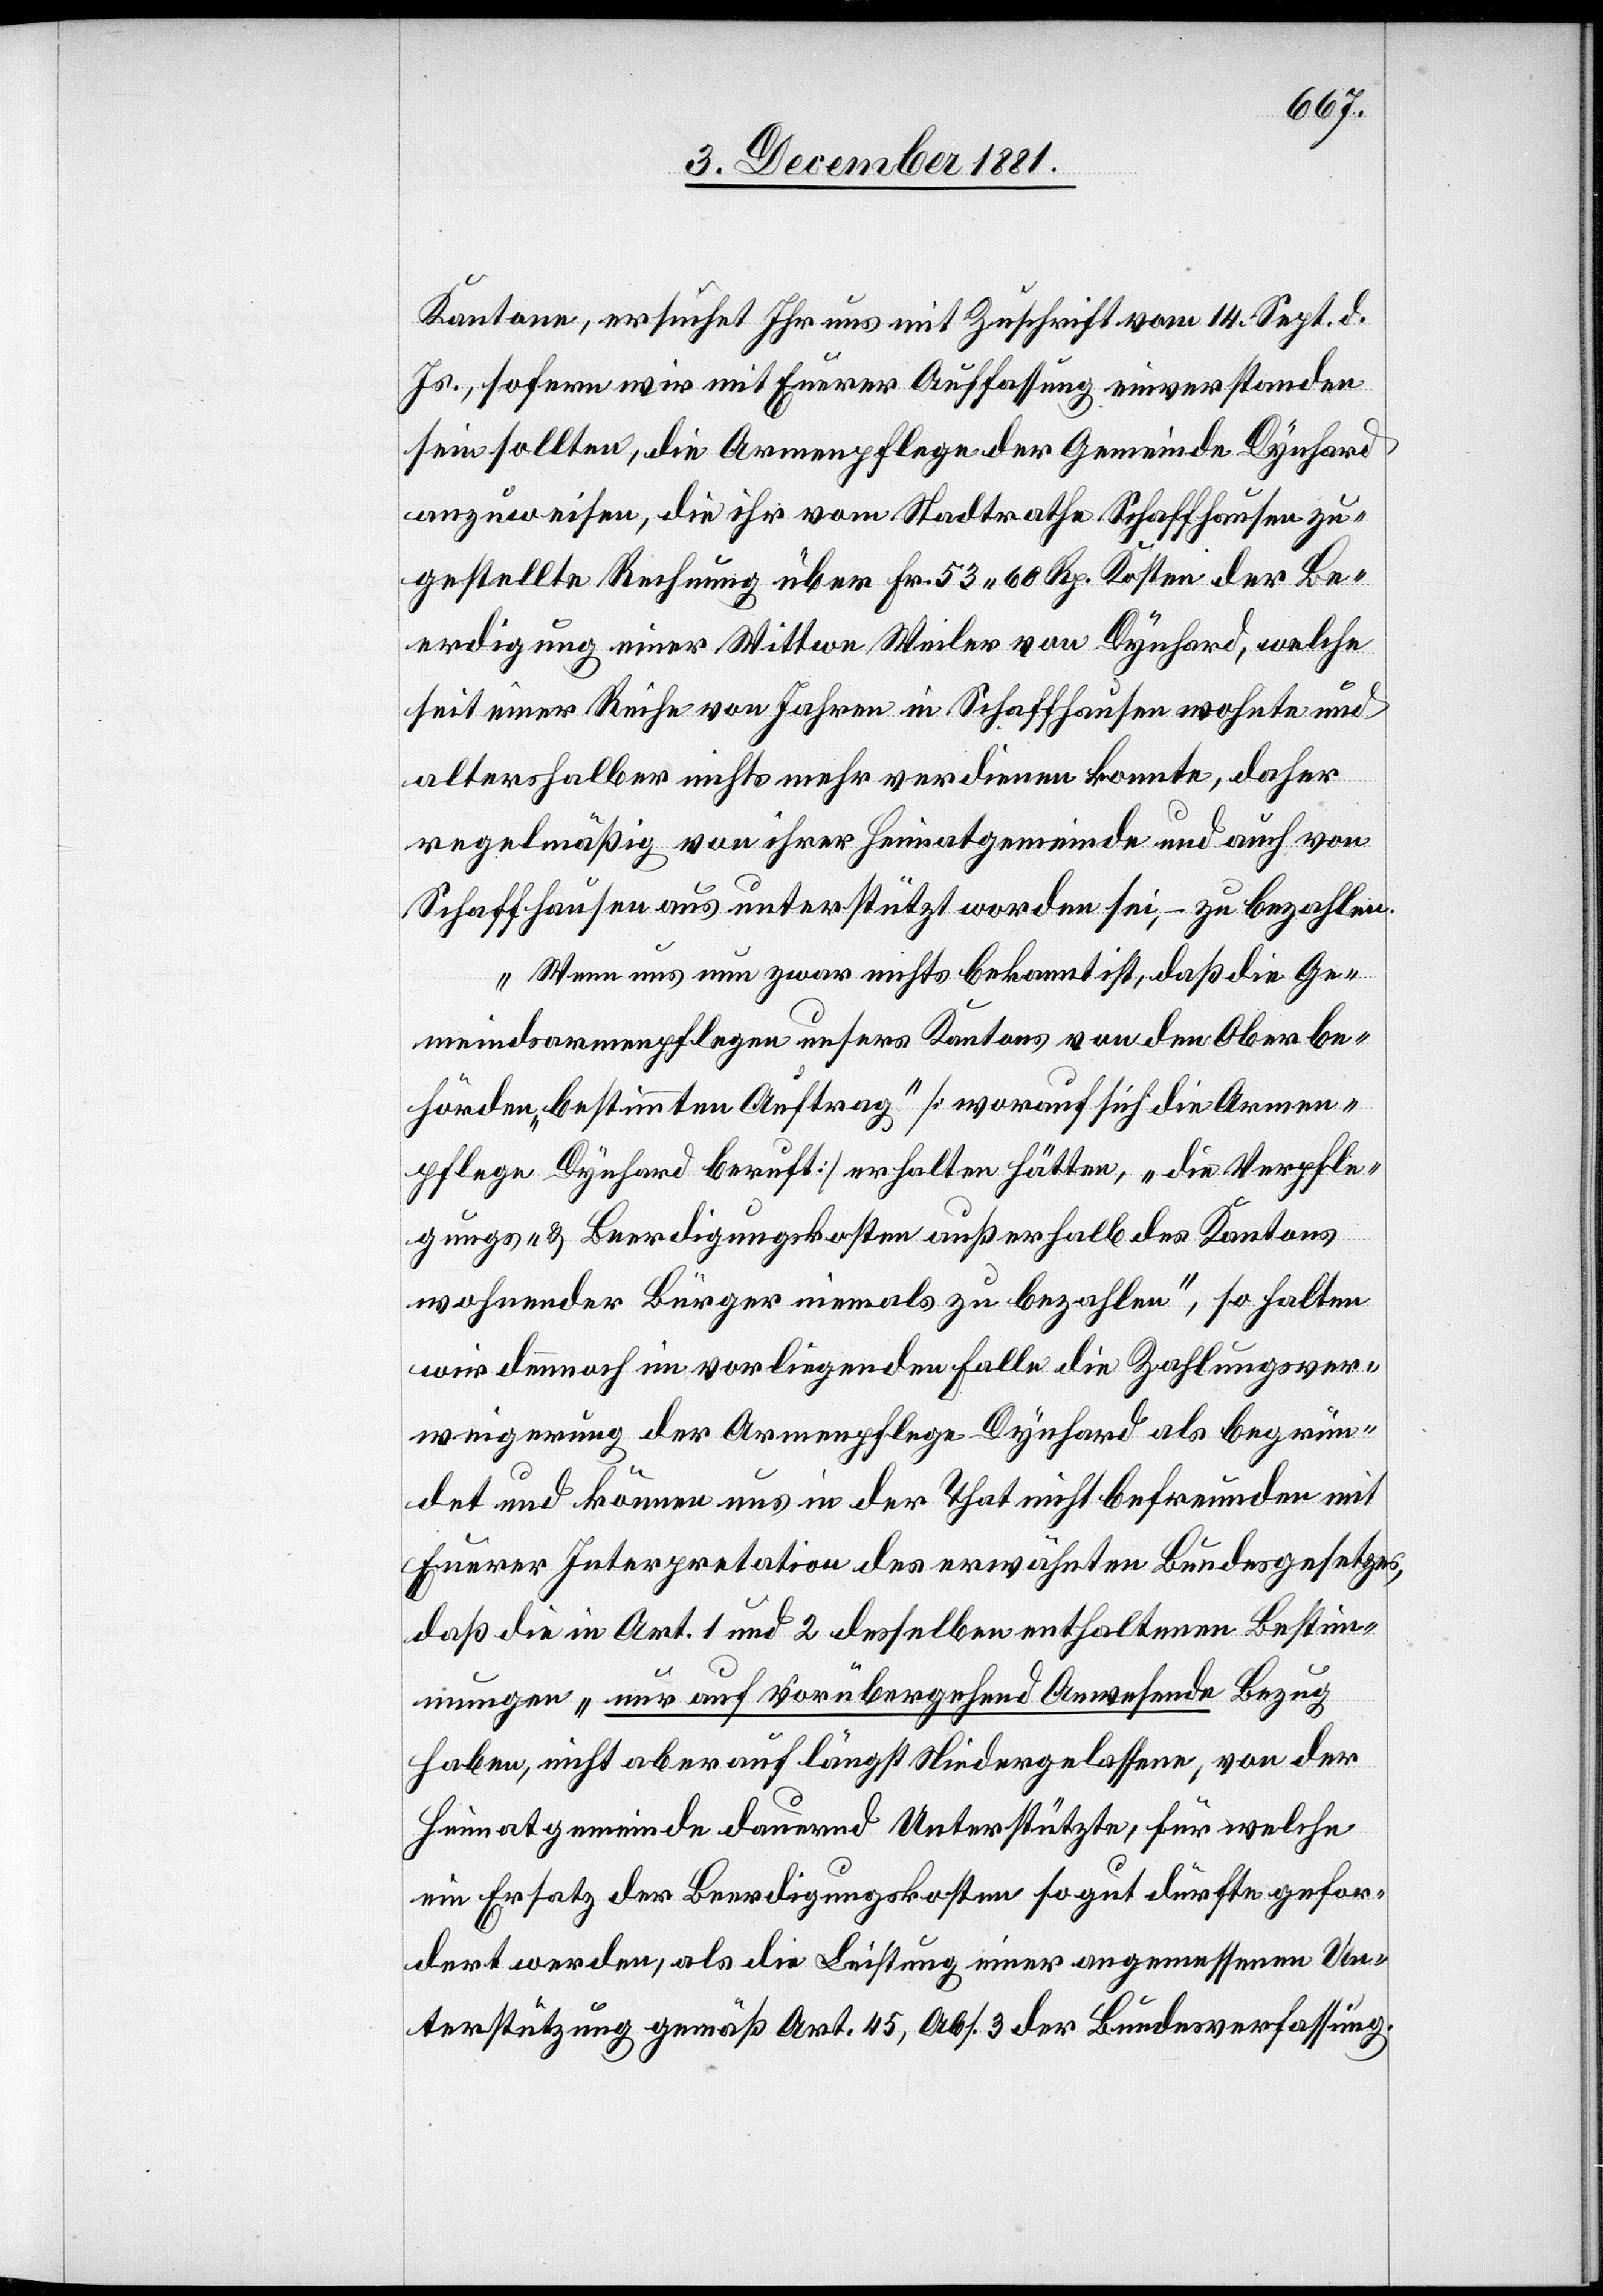
Kantone, ersucht Ihr uns mit Zuschrift vom 14. Sept. d.
Js., sofern wir mit Euerer Auffassung einverstanden
sein sollten, die Armenpflege der Gemeinde Dynhard
anzuweisen, die ihr vom Stadtrathe Schaffhausen zu¬
gestellte Rechnung über Fr. 53 60 Rp. Kosten der Be¬
erdigung einer Wittwe Weiler von Dynhard, welche
seit einer Reihe von Jahren in Schaffhausen wohnte und
altershalber nichts mehr verdienen konnte, daher
regelmäßig von ihrer Heimatgemeinde und auch von
Schaffhausen aus unterstützt worden sei, – zu bezahlen.
Wenn uns nun zwar nichts bekannt ist, daß die Ge¬
meindsarmenpflege unsers Kantons von den Oberbe¬
hörden „bestimmten Auftrag“ [worauf sich die Armen¬
pflege Dynhard beruft] erhalten hätte, „die Verpfle¬
gungs- & Beerdigungskosten außerhalb des Kantons
wohnender Bürger niemals zu bezahlen“, so halten
wir dennoch im vorliegenden Falle die Zahlungsver¬
weigerung der Armenpflege Dynhard als begrün¬
det und können uns in der That nicht befreunden mit
Euerer Interpretation des erwähnten Bundesgesetzes,
daß die in Art. 1 und 2 desselben enthaltenden Bestimm¬
ungen „nur auf vorübergehend Anwesende Bezug
haben, nicht aber auf längst Niedergelassene, von der
Heimatgemeinde dauernd Unterstützte, für welche
ein Ersatz der Beerdigungskosten so gut dürfte gefor¬
dert werden, als die Leistung einer angemessenen Un¬
terstützung gemäß Art. 45, Abs. 3 der Bundesverfassung.